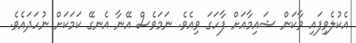
އެކުލެވިފައި ވާކަން ޝައިމާއަށް ފާހަގަ ވިއެވެ. ނަމަވެސް އޭނާ އެނގޭ ކަމަކަށް ނުހަދައެވެ.